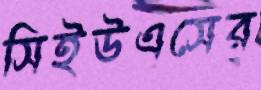
সিইউএসের